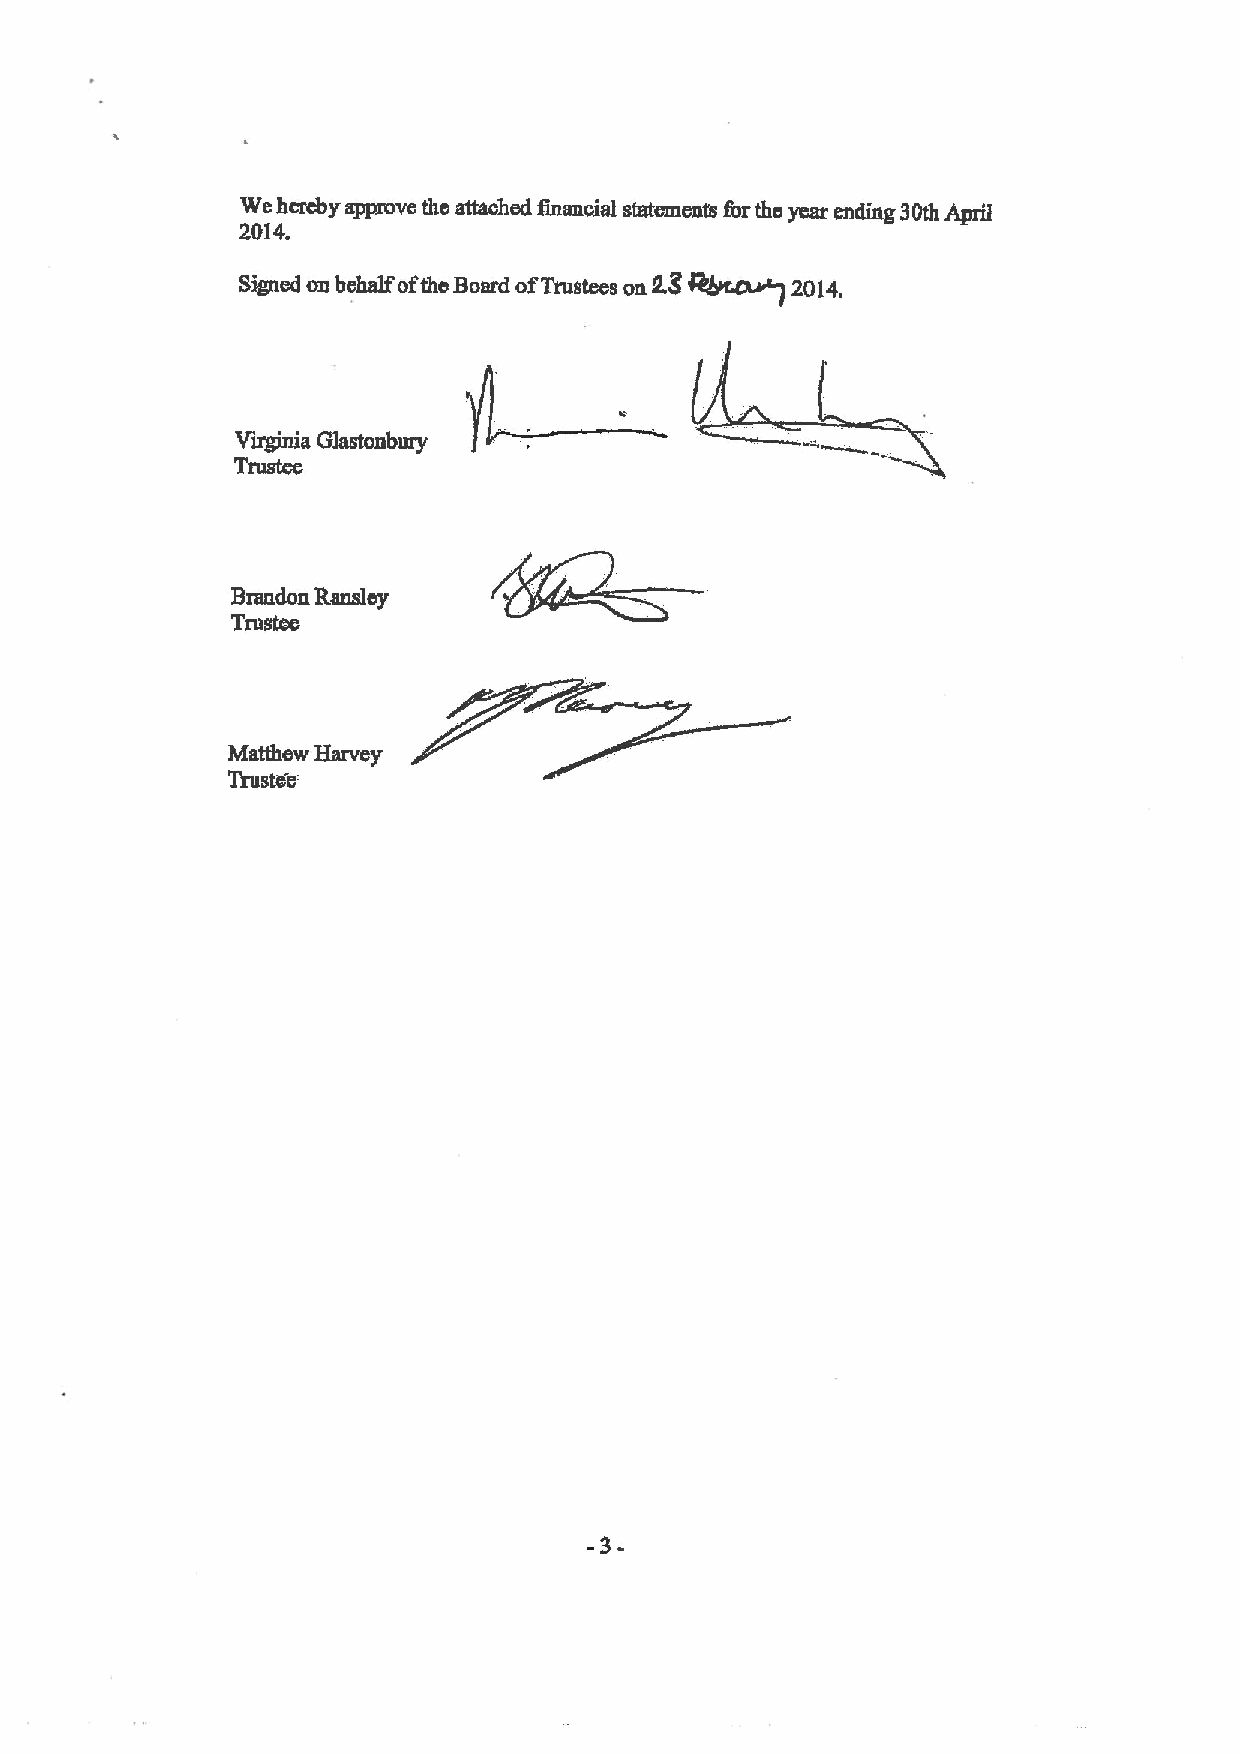
%ehereby approve the attached financial stateuientu forthe year ending 30th April
 2014.
 W~
 Signed on behalf ofthe Board of Trustees on k8 2014.
 Virginia Glastonbury
 Trustm
 Brandon Ransley
 Tillstse
 Matthew Harvey
 Trustee
 -3-